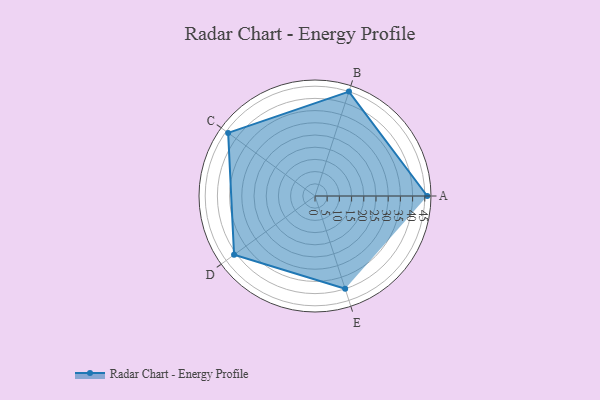
{"axis": {"x": "Skill", "y": "Score"}, "legend": ["Profile"], "data": [{"x": "A", "y": 46.0, "type": "Profile"}, {"x": "B", "y": 45.0, "type": "Profile"}, {"x": "C", "y": 44.0, "type": "Profile"}, {"x": "D", "y": 41.0, "type": "Profile"}, {"x": "E", "y": 40.0, "type": "Profile"}]}